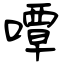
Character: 嘾